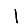
Digit: 1